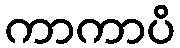
ကာကာပိ